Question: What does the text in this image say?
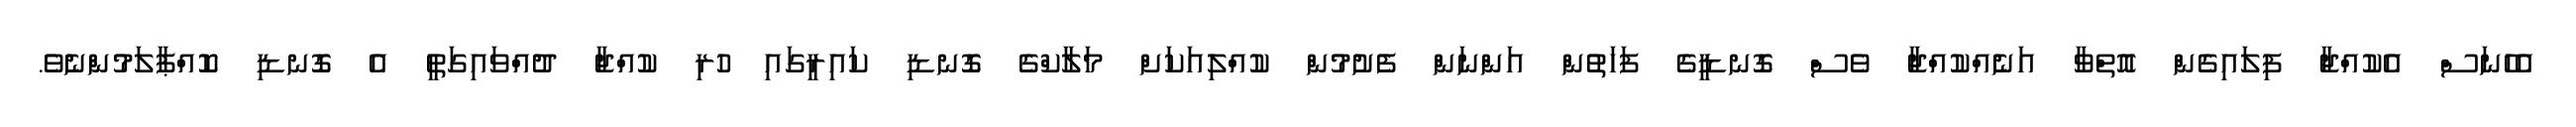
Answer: އެހެނަސް އެކުއްޖާ ފިލައިގެން އޮތްވާ އަނެއްކުއްޖާ ވެސް ގޮނޑީގެ ފަހަތުން އަންނަން ފެށުމުން ކުއްލިއަކަށް މަލާކްގެ ގޮނޑި ކައިރީގައި ހުރި ކުއްޖާ ދުއްވައިގަތީ އެ ގޮނޑި ކޮއްޕާލަމުންނެވެ.